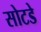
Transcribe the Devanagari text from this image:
सोटडे